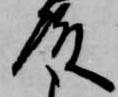
殿